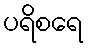
ပရိစရေ